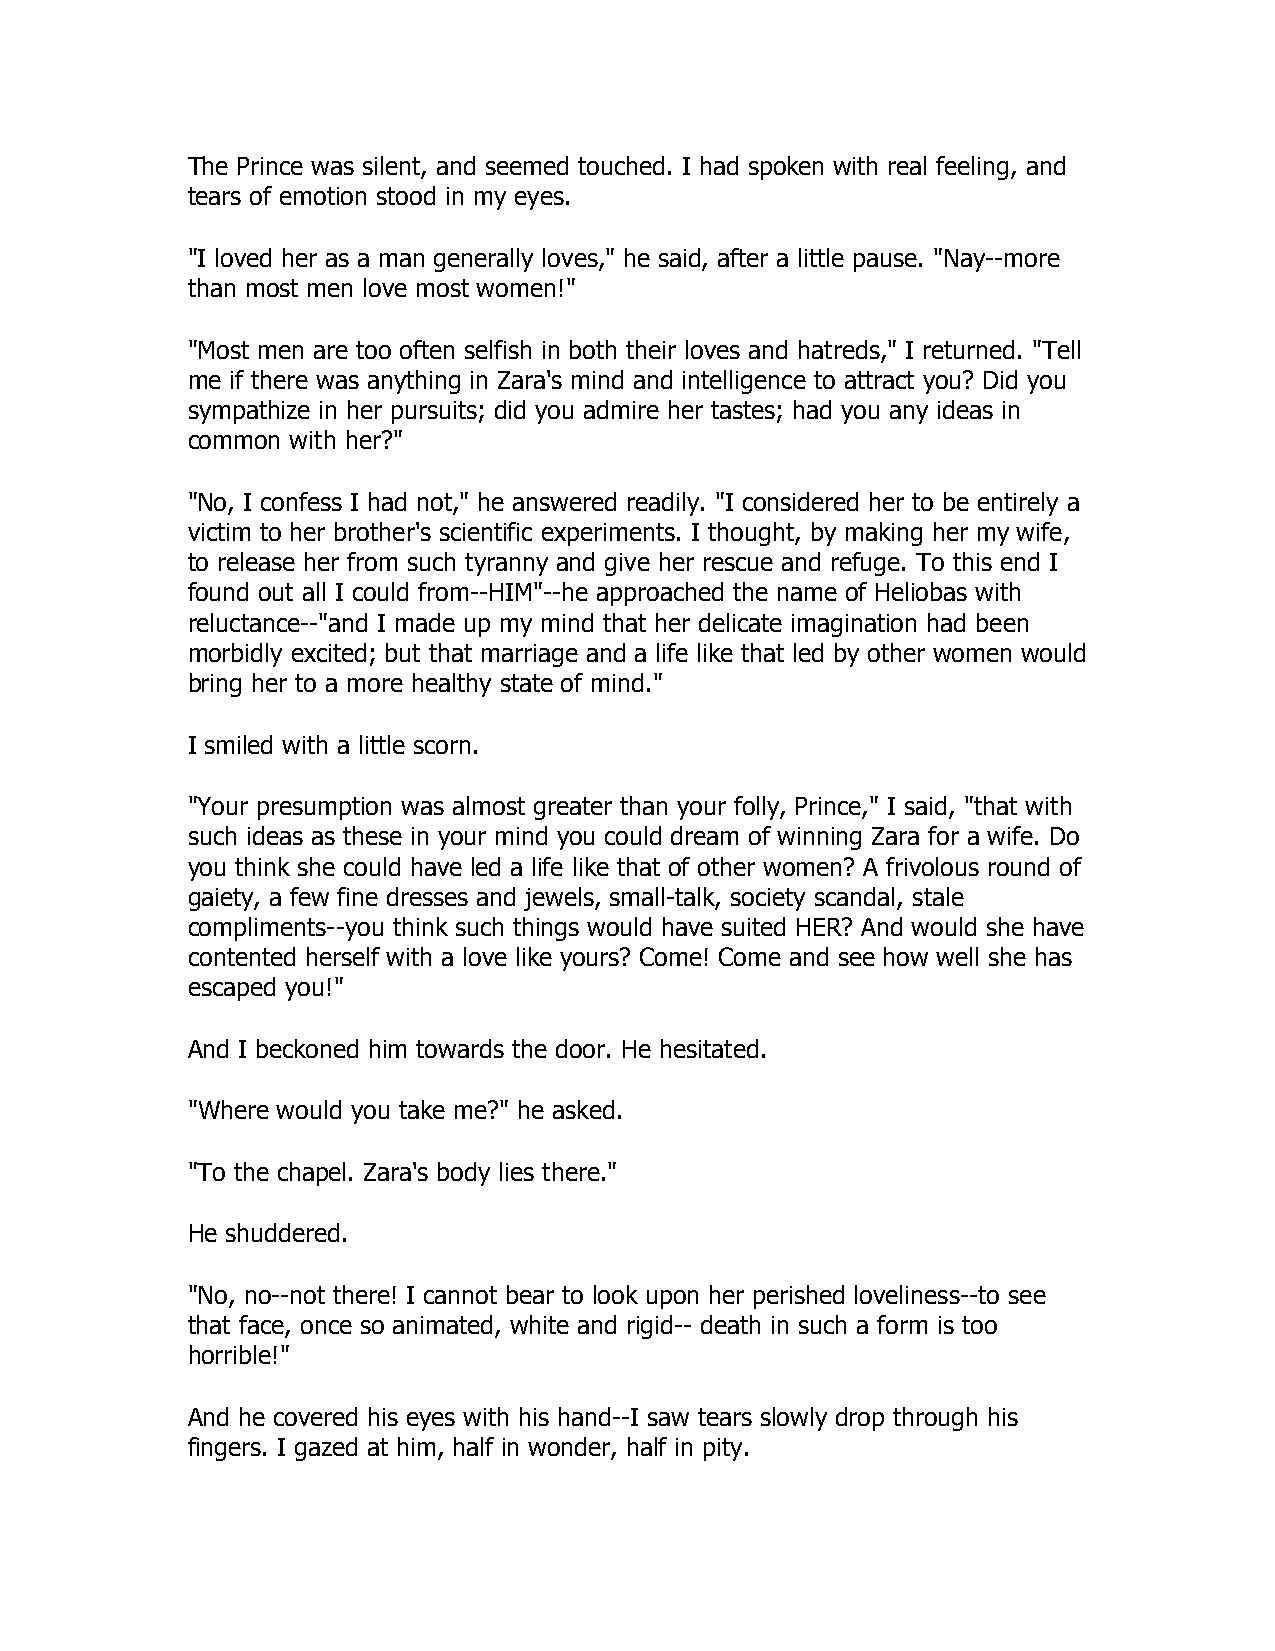
The Prince was silent, and seemed touched. I had spoken with real feeling, and
 tears of emotion stood in my eyes.
 "I loved her as a man generally loves," he said, after a little pause. "Nay--more
 than most men love most women!"
 "Most men are too often selfish in both their loves and hatreds," I returned. "Tell
 me if there was anything in Zara's mind and intelligence to attract you? Did you
 sympathize in her pursuits; did you admire her tastes; had you any ideas in
 common with her?"
 "No, I confess I had not," he answered readily. "I considered her to be entirely a
 victim to her brother's scientific experiments. I thought, by making her my wife,
 to release her from such tyranny and give her rescue and refuge. To this end I
 found out all I could from--HIM"--he approached the name of Heliobas with
 reluctance--"and I made up my mind that her delicate imagination had been
 morbidly excited; but that marriage and a life like that led by other women would
 bring her to a more healthy state of mind."
 I smiled with a little scorn.
 "Your presumption was almost greater than your folly, Prince," I said, "that with
 such ideas as these in your mind you could dream of winning Zara for a wife. Do
 you think she could have led a life like that of other women? A frivolous round of
 gaiety, a few fine dresses and jewels, small-talk, society scandal, stale
 compliments--you think such things would have suited HER? And would she have
 contented herself with a love like yours? Come! Come and see how well she has
 escaped you!"
 And I beckoned him towards the door. He hesitated.
 "Where would you take me?" he asked.
 "To the chapel. Zara's body lies there."
 He shuddered.
 "No, no--not there! I cannot bear to look upon her perished loveliness--to see
 that face, once so animated, white and rigid-- death in such a form is too
 horrible!"
 And he covered his eyes with his hand--I saw tears slowly drop through his
 fingers. I gazed at him, half in wonder, half in pity.